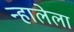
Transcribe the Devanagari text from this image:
न्हालेला